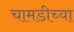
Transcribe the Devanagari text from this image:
चामडीच्या